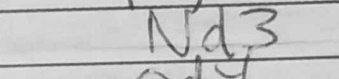
Transcription: Nd3